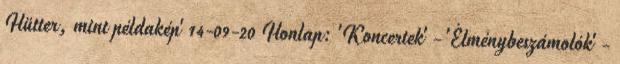
Hütter, mint példakép' 14-09-20 Honlap: 'Koncertek' - 'Élménybeszámolók' -